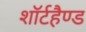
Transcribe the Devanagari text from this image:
शॉर्टहैण्ड